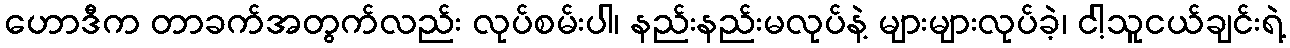
ဟောဒီက တာခက်အတွက်လည်း လုပ်စမ်းပါ၊ နည်းနည်းမလုပ်နဲ့ များများလုပ်ခဲ့၊ ငါ့သူငယ်ချင်းရဲ့